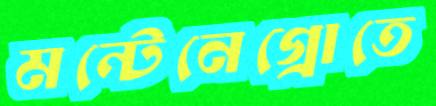
মন্টেনেগ্রোতে